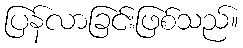
ပြန်လာခြင်းဖြစ်သည်။